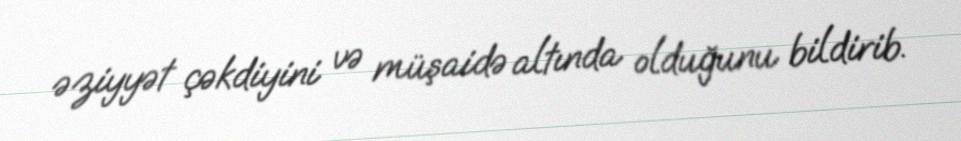
əziyyət çəkdiyini və müşaidə altında olduğunu bildirib.